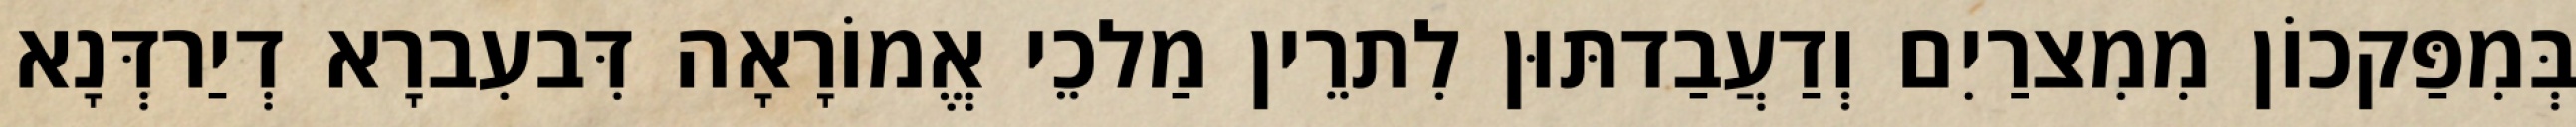
בְּמִפַּקכוֹן מִמִצרַיִם וְדַעֲבַדתּוּן לִתרֵין מַלכֵי אֱמוֹרָאָה דִּבעִברָא דְיַרדְּנָא